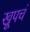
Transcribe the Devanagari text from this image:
खूपचं